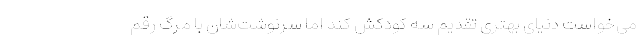
می‌خواست دنیای بهتری تقدیم سه کودکش کند اما سرنوشت‌شان با مرگ رقم